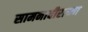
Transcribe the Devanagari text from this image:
सामनावीराच्या